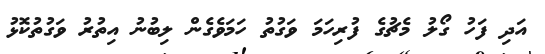
އަދި ފަހު ގޯލު މެޗުގެ ފުރިހަމަ ވަގުތު ހަމަވެގެން ލިބުނު އިތުރު ވަގުތުކޮޅު